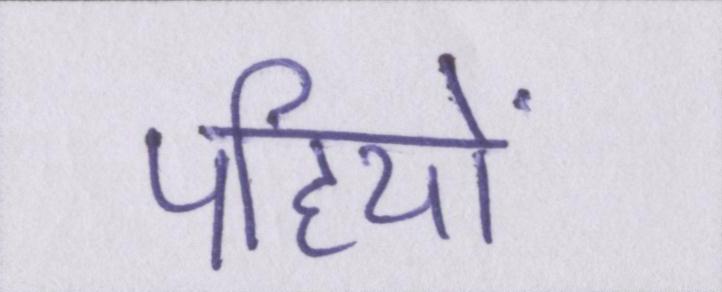
पहियों